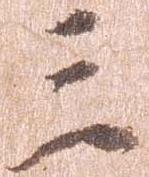
三